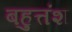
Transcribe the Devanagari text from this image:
बहुत्तंश